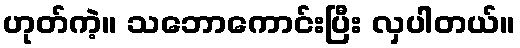
ဟုတ်ကဲ့။ သဘောကောင်းပြီး လှပါတယ်။